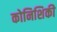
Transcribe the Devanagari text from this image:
कोनिशिकी